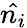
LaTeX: \hat{n_{i}}